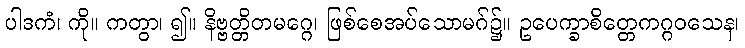
ပါဒကံ၊ ကို။ ကတွာ၊ ၍။ နိဗ္ဗတ္တိတမဂ္ဂေ၊ ဖြစ်စေအပ်သောမဂ်၌။ ဥပေက္ခာစိတ္တေကဂ္ဂဝသေန၊